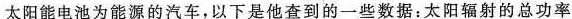
太阳能电池为能源的汽车，以下是他查到的一些数据：太阳辐射的总功率